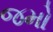
જમો